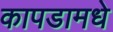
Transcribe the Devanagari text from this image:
कापडामधे